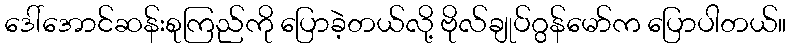
ဒေါ်အောင်ဆန်းစုကြည်ကို ပြောခဲ့တယ်လို့ ဗိုလ်ချုပ်ဂွန်မော်က ပြောပါတယ်။